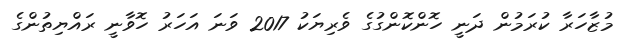
މުޒާހަރާ ކުރަމުން ދަނީ ހޮންކޮންގުގެ ވެރިޔަކު 2017 ވަނަ އަހަރު ހޮވާނީ ރައްޔިތުންގެ